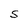
Character: S